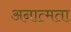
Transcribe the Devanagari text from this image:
अनात्मता